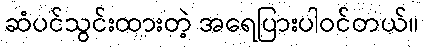
ဆံပင်သွင်းထားတဲ့ အရေပြားပါဝင်တယ်။